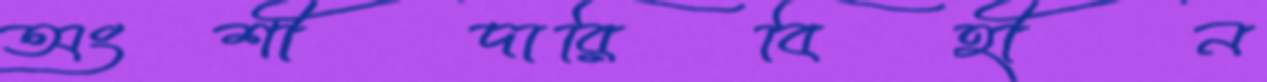
অংশীদারিবিহীন